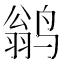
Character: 鹟